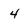
Character: 4